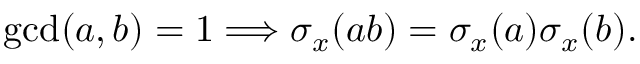
\operatorname* { g c d } ( a , b ) = 1 \Longrightarrow \sigma _ { x } ( a b ) = \sigma _ { x } ( a ) \sigma _ { x } ( b ) .